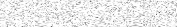
٢٨